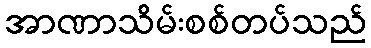
အာဏာသိမ်းစစ်တပ်သည်